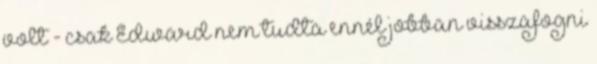
volt - csak Edward nem tudta ennél jobban visszafogni